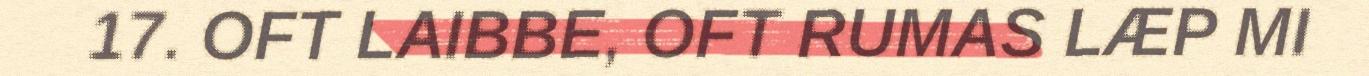
17. OFT LAIBBE, OFT RUMAS LÆP MI